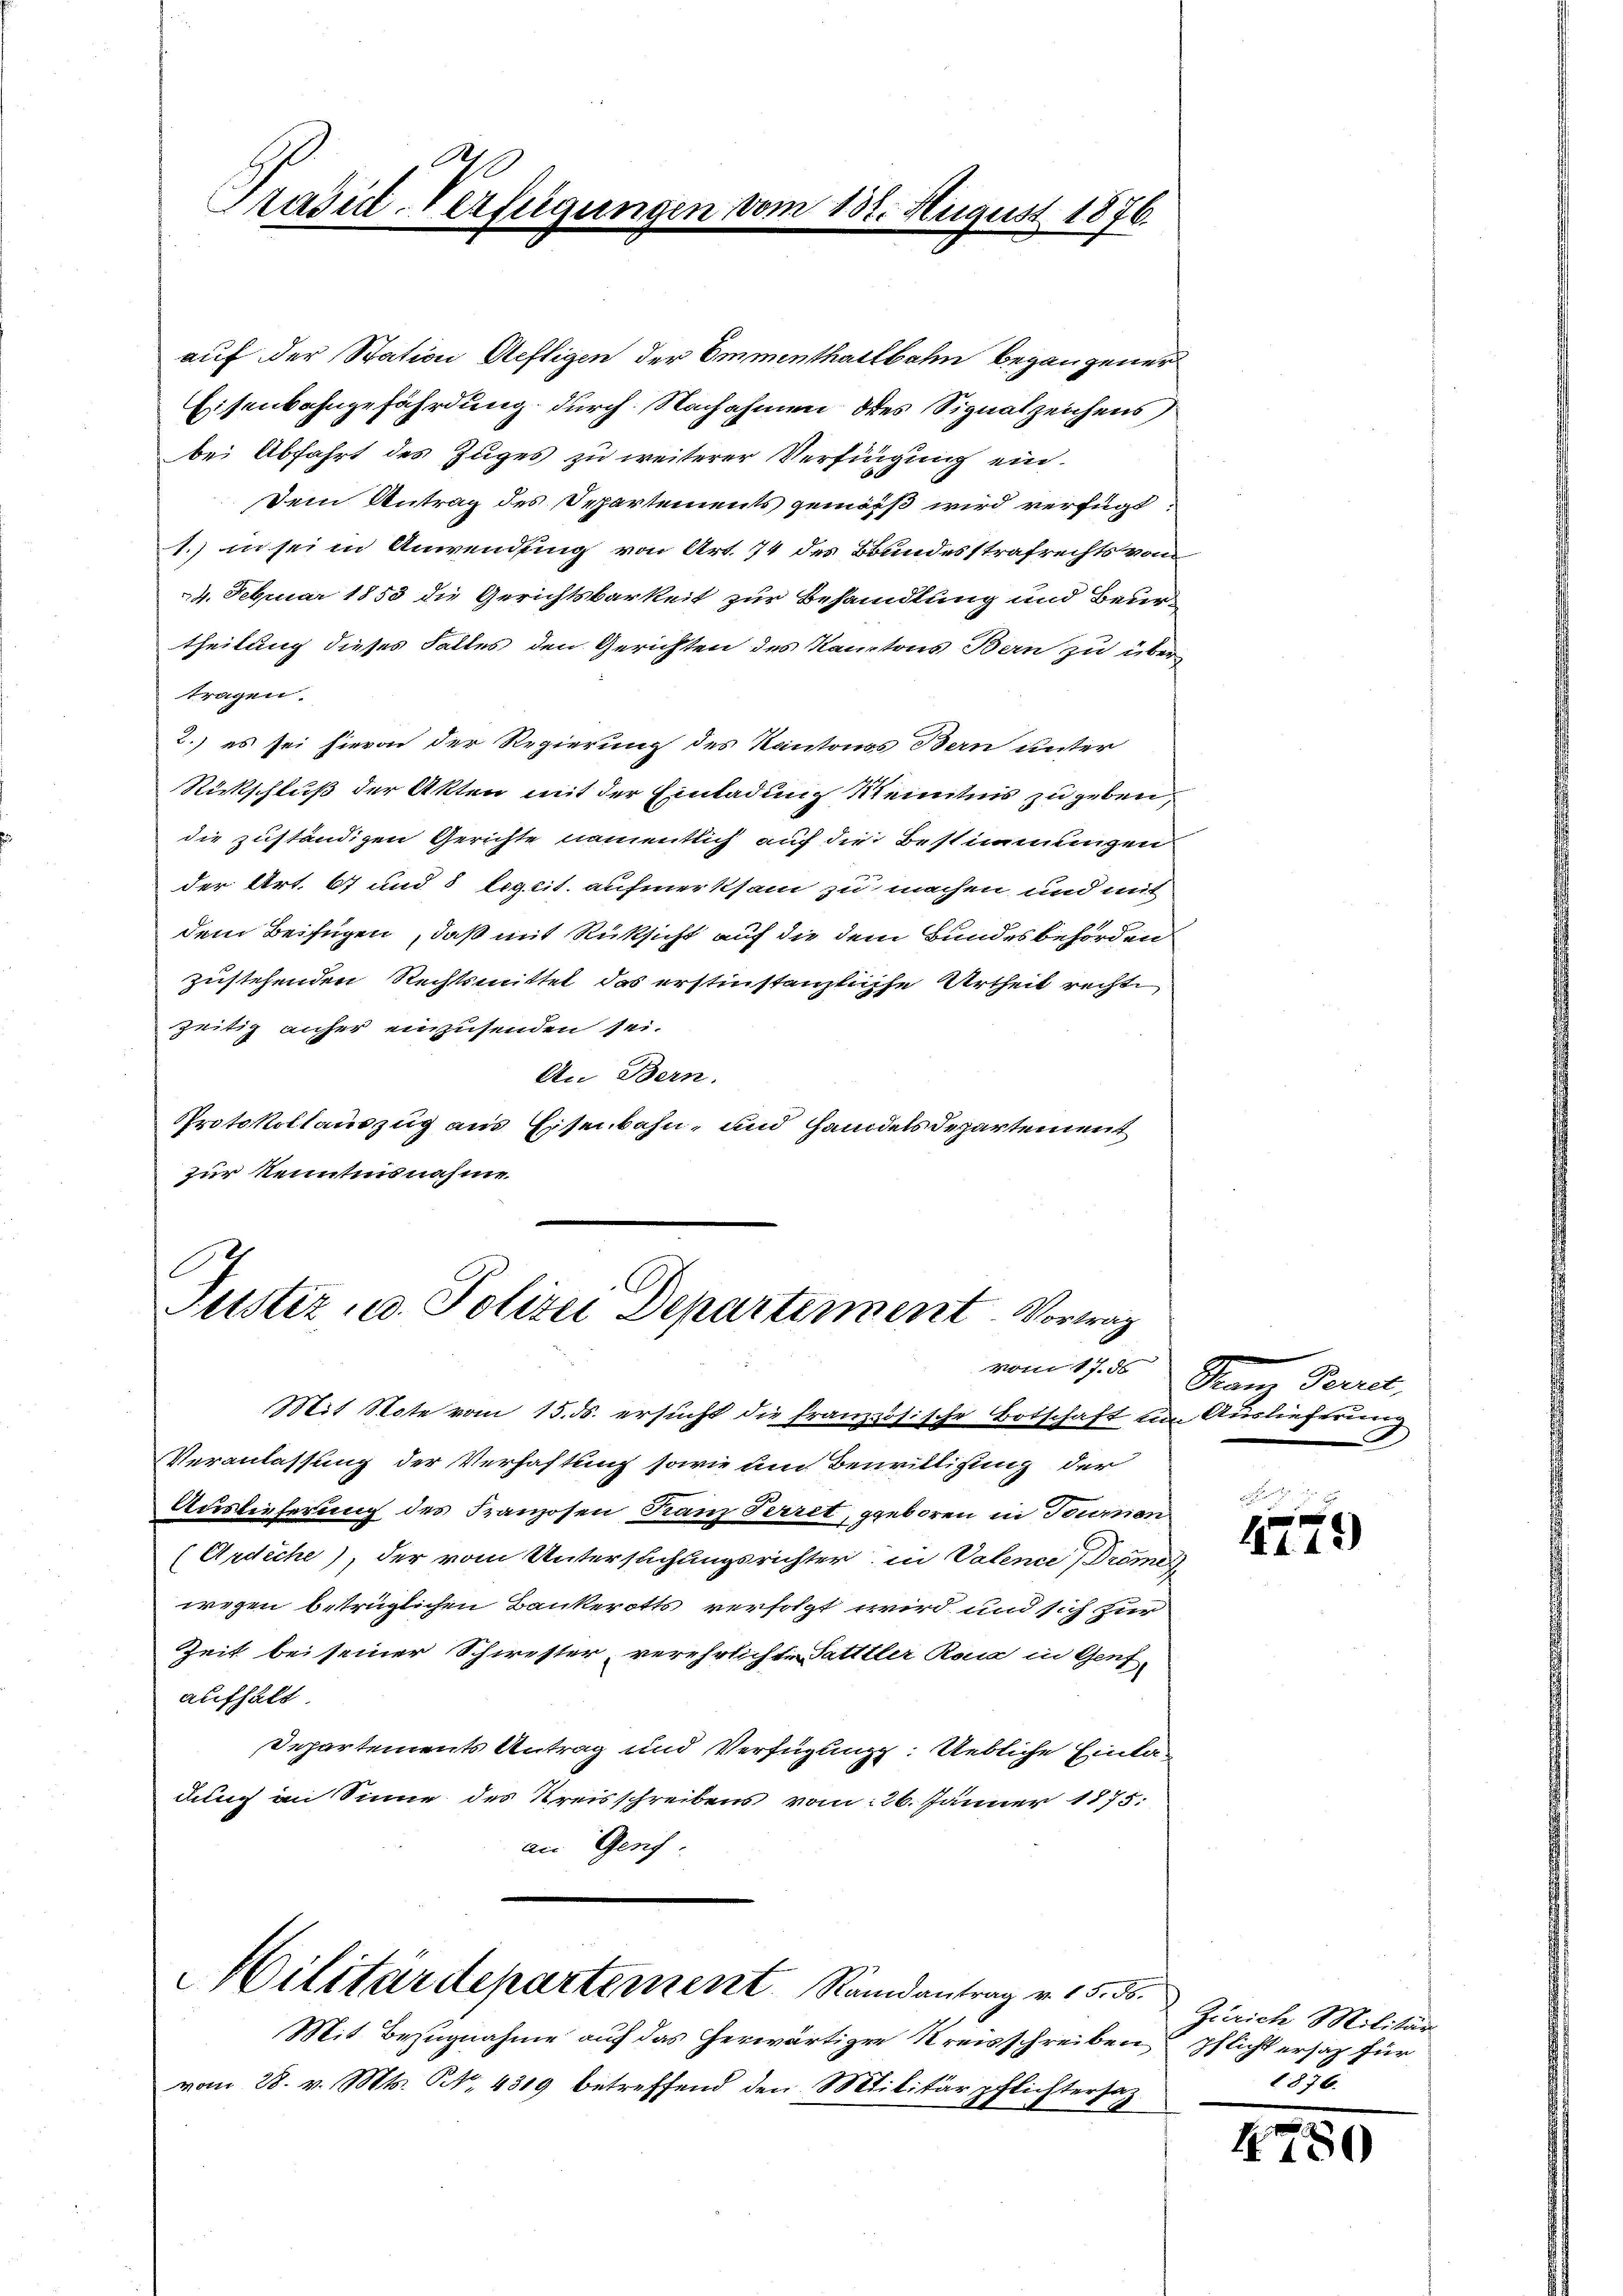
auf der Station Aeftigen der Emmenthaltbahn begangener
Eisenbahngefährdung durch Nachahmen des Signatzeichens,
bei Abfahrt des Zuges zu weiterer Verfügung ein¬
Dein Antrag des Separtements gemäß wird verfügt:
1.) in sei in Anwendung von Art. 74 des Bundesstrafrechts vom
24. Februar 1853 die Gerichtsbarkeit zur Behandlung und Beurtheilung dieses Falles den Gerichten des Kantons Bern zu übertragen.
2.) es sei hievon der Regierung des Kantones Bern unter
Rückschluß der Akten mit der Einladung Kenntnis zu geben.
die zuständigen Gerichte namentlich auf die Bestimmungen
der Art. 67 und 8 teglit. aufmerksam zu machen und mit
dem Beifügen, daß mit Rüksicht auf die dem Bundesbehörden
zustehenden Rechtsmittel das erstinstanzliche Urtheil rechte
zeitig anher einzusenden sei.
An Bern.
PProtokollauszug aus Eisenbahn, und Handels Departement
zur Kenntnisnahme.

S
Präsid-Verfügungen vom 132. August 1876.

Justiz u. Polizei Departement. Vortrag

Mit Note vom 15. ds. ersucht die französische Botschaft im Auslieferung
Veranlassung der Verhaftung sowie um Bewilligung der
Auslieferung des Franzosen Franz Perret, geboren in Teumnen
(Ardiche), der vom Untersuchungsrichter in Valence, Dröme
wegen betrüglichen Bankerotts verfolgt wird und sich zur
Zeit bei seiner Schwester, verehrlichte Sattler Rosa in Gentaufhält
Departements Antrag und Verfügung. Uebliche Einladunch an Sinne des Kreisschreibens vom 26. Jänner 1875.
an Genf.

Mit Bezugnahme auf das herwärtige Kreisschreiben pflicht ersatz für
vom 28. v. Mts. Nr. 4319 betreffend den Militärpflichtersatz

Militärdepartement Randantrag v. 15. 56.

vom 17. d

Franz Parret,

1245)

Zürich Militär
1876.

4780